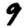
Digit: 9